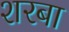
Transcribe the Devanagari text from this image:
शरबा